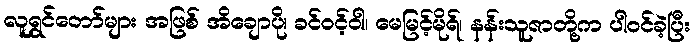
လူရွှင်တော်များ အဖြစ် အိချောပို၊ ခင်ဝင့်ဝါ၊ မေမြင့်မိုရ်၊ နန်းသူဇာတို့က ပါဝင်ခဲ့ပြီး